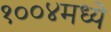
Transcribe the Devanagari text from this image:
१००४मध्ये